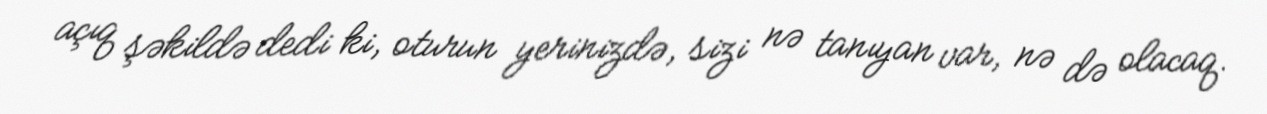
açıq şəkildə dedi ki, oturun yerinizdə, sizi nə tanıyan var, nə də olacaq.